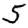
Digit: 5